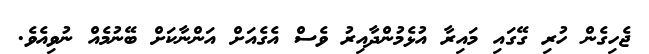
ޖެހިގެން ހުރި ގޭގައި މައިރާ އުޅެމުންދާއިރު ވެސް އެގެއަށް އަންނާކަށް ބޭނުމެއް ނުވިއެވެ.